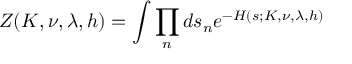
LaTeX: Z ( K , \nu , \lambda , h ) = \int \prod _ { n } d s _ { n } e ^ { - H ( s ; K , \nu , \lambda , h ) }